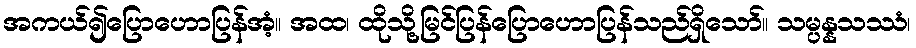
အကယ်၍ပြောဟောပြန်အံ့။ အထ၊ ထိုသို့မြင်ပြန်ပြောဟောပြန်သည်ရှိသော်။ သမ္ပန္နသဿံ၊